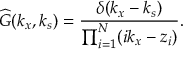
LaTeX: { \widehat { G } } ( k _ { x } , k _ { s } ) = { \frac { \delta ( k _ { x } - k _ { s } ) } { \prod _ { i = 1 } ^ { N } ( i k _ { x } - z _ { i } ) } } .